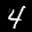
Label: 4